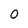
Character: 0